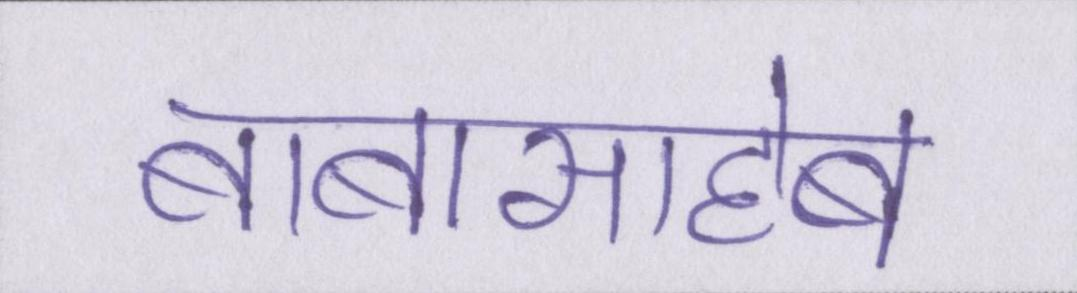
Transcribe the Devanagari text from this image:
बाबासाहेब